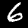
Digit: 6